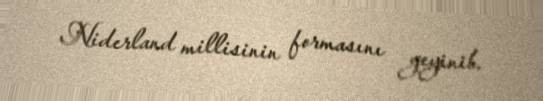
Niderland millisinin formasını geyinib.